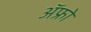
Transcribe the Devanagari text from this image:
ॲफ्रो